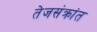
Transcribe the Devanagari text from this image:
तेजसंक्रांत